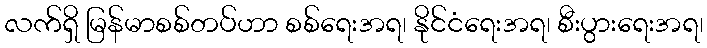
လက်ရှိ မြန်မာစစ်တပ်ဟာ စစ်ရေးအရ၊ နိုင်ငံရေးအရ၊ စီးပွားရေးအရ၊